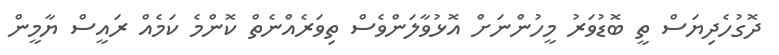
ދޮގުހެދިޔަސް ތީ ބޮޑުވަރު މީހުންނަށް އޮޅުވާލަންވެސް ތިވަރެއްނެތް ކޮންމެ ކަމެއް ރައީސް ޔާމީން